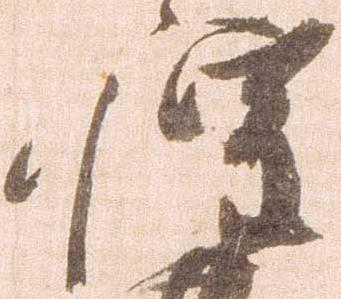
惶